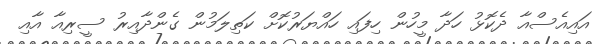
އައިއެސްއާ ދެކޮޅު ހަދާ މީހުން ހިފައި ހައްޔަރުކޮށް ކަތިލަމުން ގެންދާއިރު ސީރިއާ އާއި